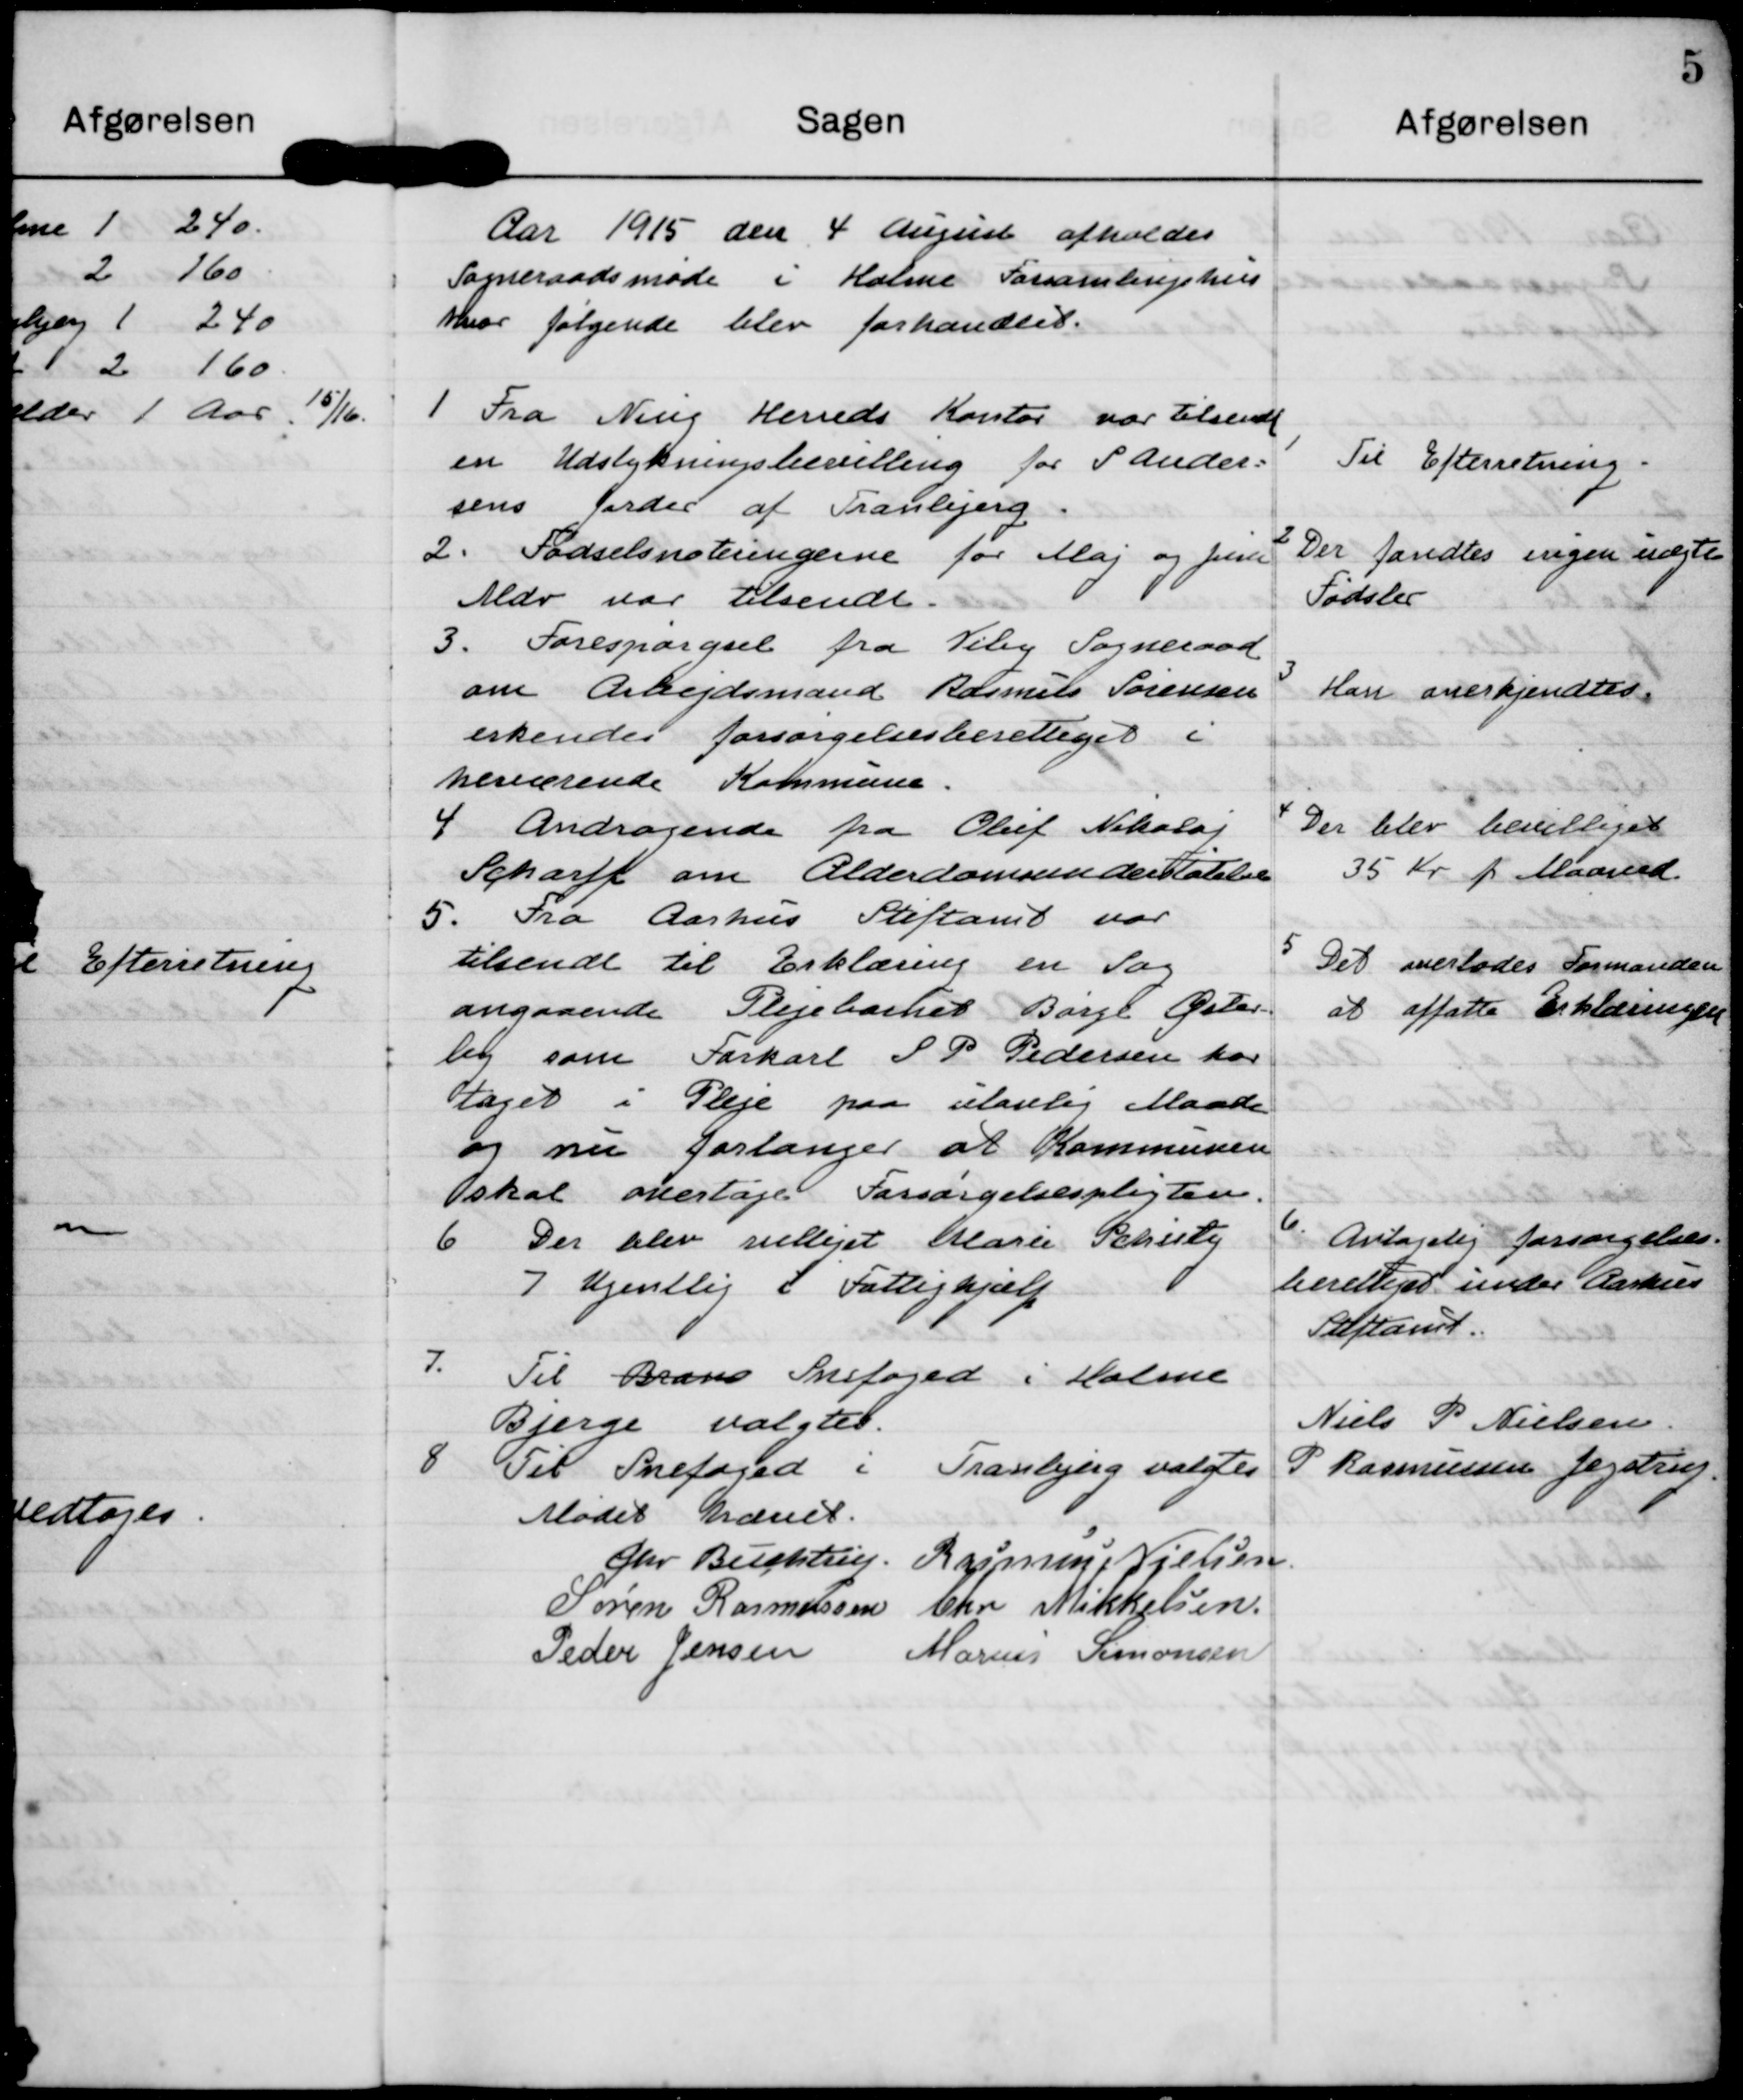
Transskription:
Aar 1915 den 4 august afholdes
Sogneraadsmøde i Holme Forsamlingshus
hvor følgende blev forhandlet.

1 Fra Ning Herreds Kontor var tilsendt
en Udstykningsbevilling for S Ander=
sens Jorder af Tranbjerg.

1
Til Efterretning.

2
Der fandtes ingen uægte 
Fødsler

2. Fødselsnoteringerne for Maj og Juni
Mdr var tilsendt.

3. Forespørgsel fra Viby Sogneraad
om Arbejdsmand Rasmus Sørensen
erkendes forsøgelsesberettiget i
herværende Kommune

3
Han anerkjendtes.

4
Der blev bevilliget
35 Kr p Maaned.

4 Andragende fra Oluf Nikolaj
Scharff om Alderdomsunderstøtelse

5. Fra Aarhus Stiftamt var
tilsendt til Erklæring en Sag
angaaende Plejebarnet Børge Øster-
by som Forkarl S P Pedersen har
taget i Pleje paa ulovlig Maade
og nu forlanger at Kommunen
skal overtage Forsørgelsespligten.

5 Det overlodes Formanden
at affatte erklæringen

6.
Antagelig forsørgelses-
berettiget under Aarhus
Stiftamt.

6 Der blev udlejet Marie Schiety
7 Ugentlig i Fattighjælp

7.
Til Brand Snefoged i Holme
Bjerge valgtes

Niels P Nielsen

P Rasmussen Jegstrup

8 Til Snefoged i Tranbjerg valgtes.

Mødet hævet.
Chr Buchtrup.
Rasmus Nielsen
Søren Rasmuseen
Chr Mikkelsen
Peder Jensen
Marius Simonsen